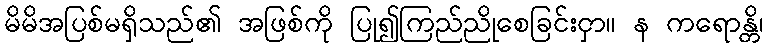
မိမိအပြစ်မရှိသည်၏ အဖြစ်ကို ပြု၍ကြည်ညိုစေခြင်းငှာ။ န ကရောန္တိ၊